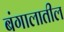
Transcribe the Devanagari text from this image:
बंगालातील